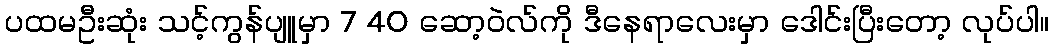
ပထမဦးဆုံး သင့်ကွန်ပျူမှာ 7 40 ဆော့ဝဲလ်ကို ဒီနေရာလေးမှာ ဒေါင်းပြီးတော့ လုပ်ပါ။